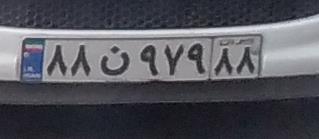
۸۸ن۹۷۹۸۸